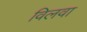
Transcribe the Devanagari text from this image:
विलवा